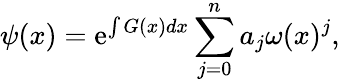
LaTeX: \psi(x)=\mathrm{e}^{\int G(x)dx}\sum_{j=0}^{n}a_{j}\omega(x)^{j},